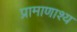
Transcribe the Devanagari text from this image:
प्रामाणाश्य